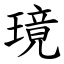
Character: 璄